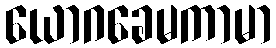
ယောဂခေမကာမာ